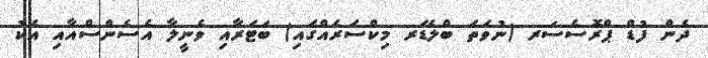
ދެން ފުޑް ޕްރޮސެސަރ (ނުވަތަ ބްލެޑަރ މިކްސަރެއްގައި) ބަޓަރާއި ވެނީލާ އެސެންސްއާއި އެކު